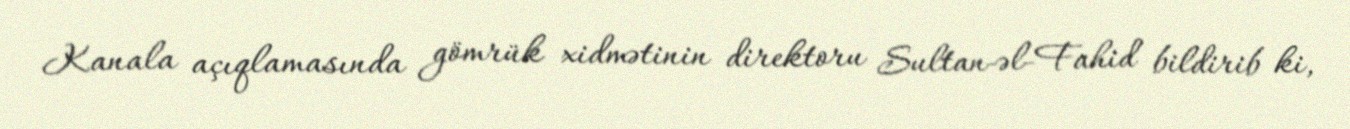
Kanala açıqlamasında gömrük xidmətinin direktoru Sultan-əl-Fahid bildirib ki,